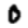
Digit: 0